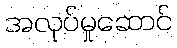
အလုပ်မှုဆောင်